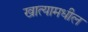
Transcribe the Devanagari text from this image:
खात्यामधील